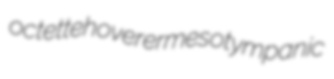
octette hoverer mesotympanic